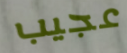
عجيب